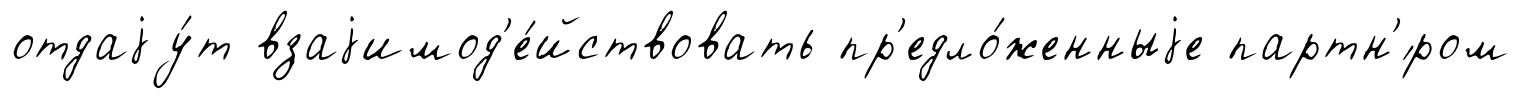
отдаjу́т взаjимод'е́йствовать пр'едло́женныjе партн'́ром